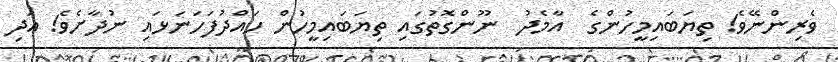
ވެރިންނޭވެ! ތިޔަބައިމީހުންގެ  އާމެދު  ނޫންގޮތުގައި ތިޔަބައިމީހުން ހައްދުފަހަނަޅައި ނުދާށެވެ! އަދި